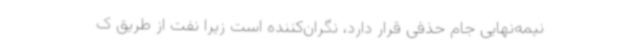
نیمه‌نهایی جام حذفی قرار دارد، نگران‌کننده است زیرا نفت از طریق ک